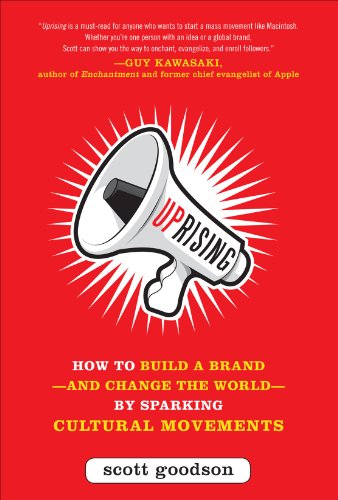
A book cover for Uprising: How to Build a Brand--and Change the World--By Sparking Cultural Movements; Scott Goodson; Computers & Technology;